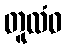
တူလံဝ